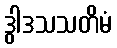
ဒွါဒသသတိမံ